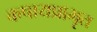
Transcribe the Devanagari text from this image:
कषायप्राभृत